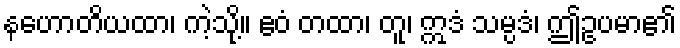
နဟောတိယထာ၊ ကဲ့သို့။ ဧဝံ တထာ၊ တူ၊ ဣဒံ သမ္ပဒံ၊ ဤဥပမာ၏